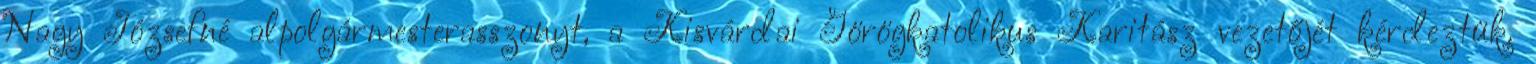
Nagy Józsefné alpolgármesterasszonyt, a Kisvárdai Görögkatolikus Karitász vezetőjét kérdeztük.